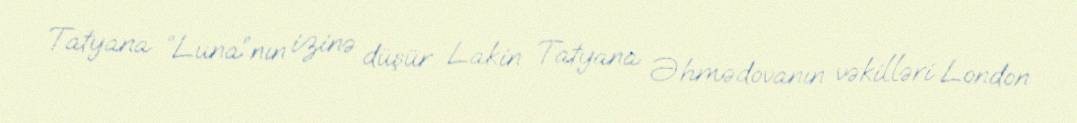
Tatyana “Luna”nın izinə düşür Lakin Tatyana Əhmədovanın vəkilləri London